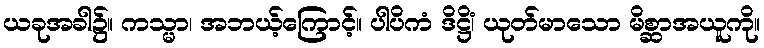
ယခုအခါ၌။ ကသ္မာ၊ အဘယ့်ကြောင့်။ ပါပိကံ ဒိဋ္ဌိံ၊ ယုတ်မာသော မိစ္ဆာအယူကို။